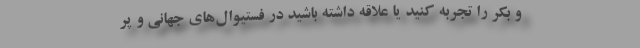
و بکر را تجربه کنید یا علاقه داشته باشید در فستیوال‌های جهانی و پر